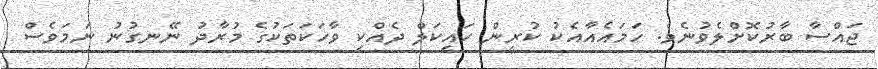
ޖައްސާ ބާރުކޮށްލެވުނެވެ. ހަމައެއާއެކު ކުރީން ހައިކަލް ދެއްކި ވާހަކަތަކުގެ މުރާދު ނޭނގުނު ނަމަވެސް